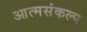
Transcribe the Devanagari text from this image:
आत्मसंकल्प